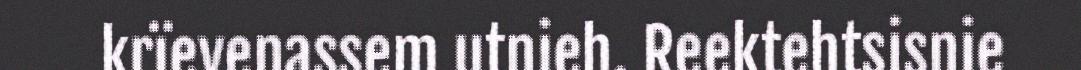
krïevenassem utnieh. Reektehtsisnie